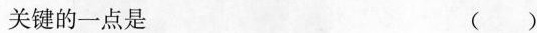
关键的一点是 ( )